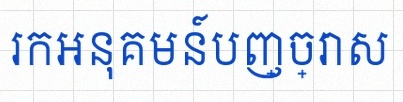
រកអនុគមន៍បញ្ច្រាស